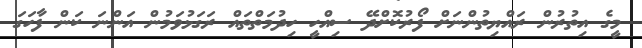
މީގެ އިތުރުން ރައްޔިތުންނަށް ފޯރުކޮށްދޭ ސިއްހީ ހިދުމަތްތައް ރަގަޅުވަމުން އަންނަ ކަން ފާހަގަ